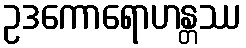
ဥဒကောရောဟန္တဿ